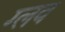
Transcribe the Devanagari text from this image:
ग्लव